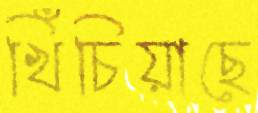
খিঁচিয়াছে